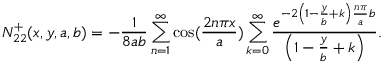
N _ { 2 2 } ^ { + } ( x , y , a , b ) = - \frac { 1 } { 8 a b } \sum _ { n = 1 } ^ { \infty } \cos ( \frac { 2 n \pi x } { a } ) \sum _ { k = 0 } ^ { \infty } \frac { e ^ { - 2 \left( 1 - \frac { y } { b } + k \right) \frac { n \pi } { a } b } } { \left( 1 - \frac { y } { b } + k \right) } .